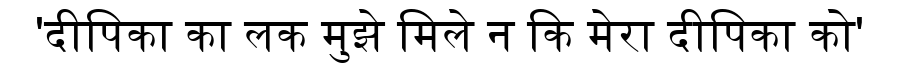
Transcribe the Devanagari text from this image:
'दीपिका का लक मुझे मिले न कि मेरा दीपिका को'